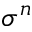
\sigma ^ { n }